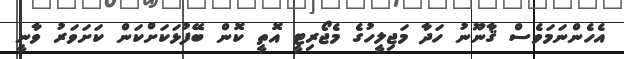
އެހެންނަމަވެސް ޤާނޫނު ހަދާ މަޖިލީހުގެ މެޖޯރިޓީ އޮތީ ކޮން ބޭފުޅަކަށްކަން ކަށަވަރު ވާނީ